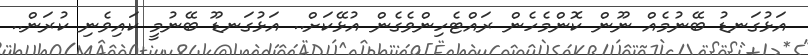
އަޅުގަނޑު ބޭނުމެއް ނޫން ކޮންމެހެން ރައްޓެހިންވެގެން އުޅޭކަށް.. އަޅުގަނޑޫ ބޭނުމީ ކައިވެނި ކުރަން..